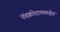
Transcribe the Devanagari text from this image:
पंचक्रोशात्मकक्षेत्र